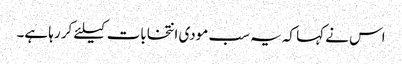
اس نے کہا کہ یہ سب مودی انتخابات کیلئے کر رہا ہے۔